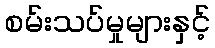
စမ်းသပ်မှုများနှင့်